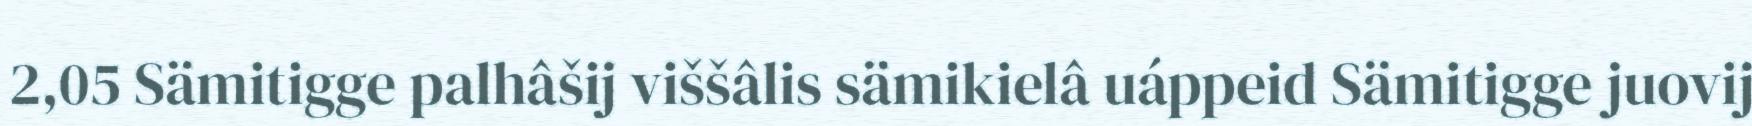
2,05 Sämitigge palhâšij viššâlis sämikielâ uáppeid Sämitigge juovij